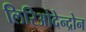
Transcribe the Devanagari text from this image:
लिरिओदेन्द्रोन